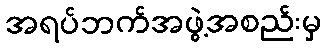
အရပ်ဘက်အဖွဲ့အစည်းမှ